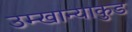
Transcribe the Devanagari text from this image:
उम्खान्याकुड